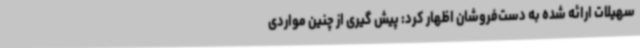
سهیلات ارائه شده به دست‌فروشان اظهار کرد: پیش گیری از چنین مواردی